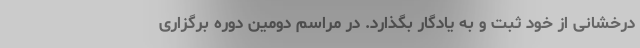
درخشانی از خود ثبت و به یادگار بگذارد. در مراسم دومین دوره برگزاری